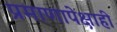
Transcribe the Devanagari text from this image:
प्रमाणापेक्षाही